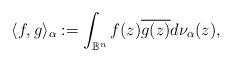
LaTeX: \begin{align*} \langle f,g\rangle_\alpha:=\int_{\mathbb B^n}f(z)\overline {g(z)}d\nu_\alpha(z), \end{align*}